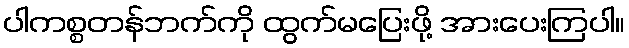
ပါကစ္စတန်ဘက်ကို ထွက်မပြေးဖို့ အားပေးကြပါ။